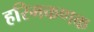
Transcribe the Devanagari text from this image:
हरिमकणक